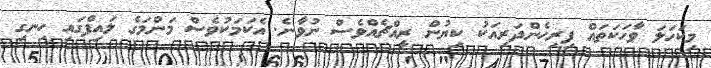
މިކަހަލަ ވާހަކަތައް ފިރިހެންދަރިއަކު ކިޔުން ރީއްޗެއްވެސް ނުވާނެ. އެކަމަކުވެސް މަންމަގެ ލައިފްގައި ހިނގި